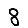
Digit: 8